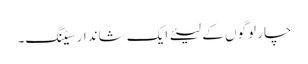
چار لوگوں کے لیئے ایک شاندار سیٹنگ۔